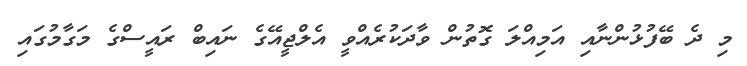
މި ދެ ބޭފުޅުންނާއި އަމިއްލަ ގޮތުން ވާދަކުރެއްވީ އެލްޖީއޭގެ ނައިބް ރައީސްގެ މަގާމުގައި